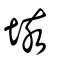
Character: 垓